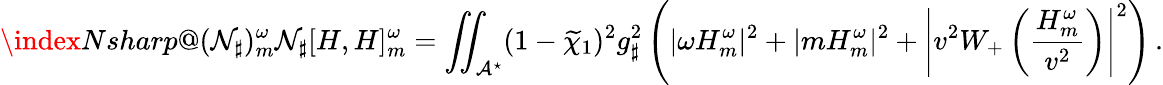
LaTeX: \index{Nsharp@(\mathcal{N}_{\sharp})_{m}^{\omega}}\mathcal{N}_{\sharp}[H,H]_{m}^{\omega}=\iint_{\mathcal{A}^{\star}}(1-\widetilde{\chi}_{1})^{2}g_{\sharp}^{2}\left(|\omega H_{m}^{\omega}|^{2}+|mH_{m}^{\omega}|^{2}+\left|v^{2}W_{+}\left(\frac{H_{m}^{\omega}}{v^{2}}\right)\right|^{2}\right)\, .